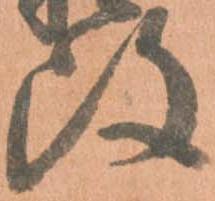
改